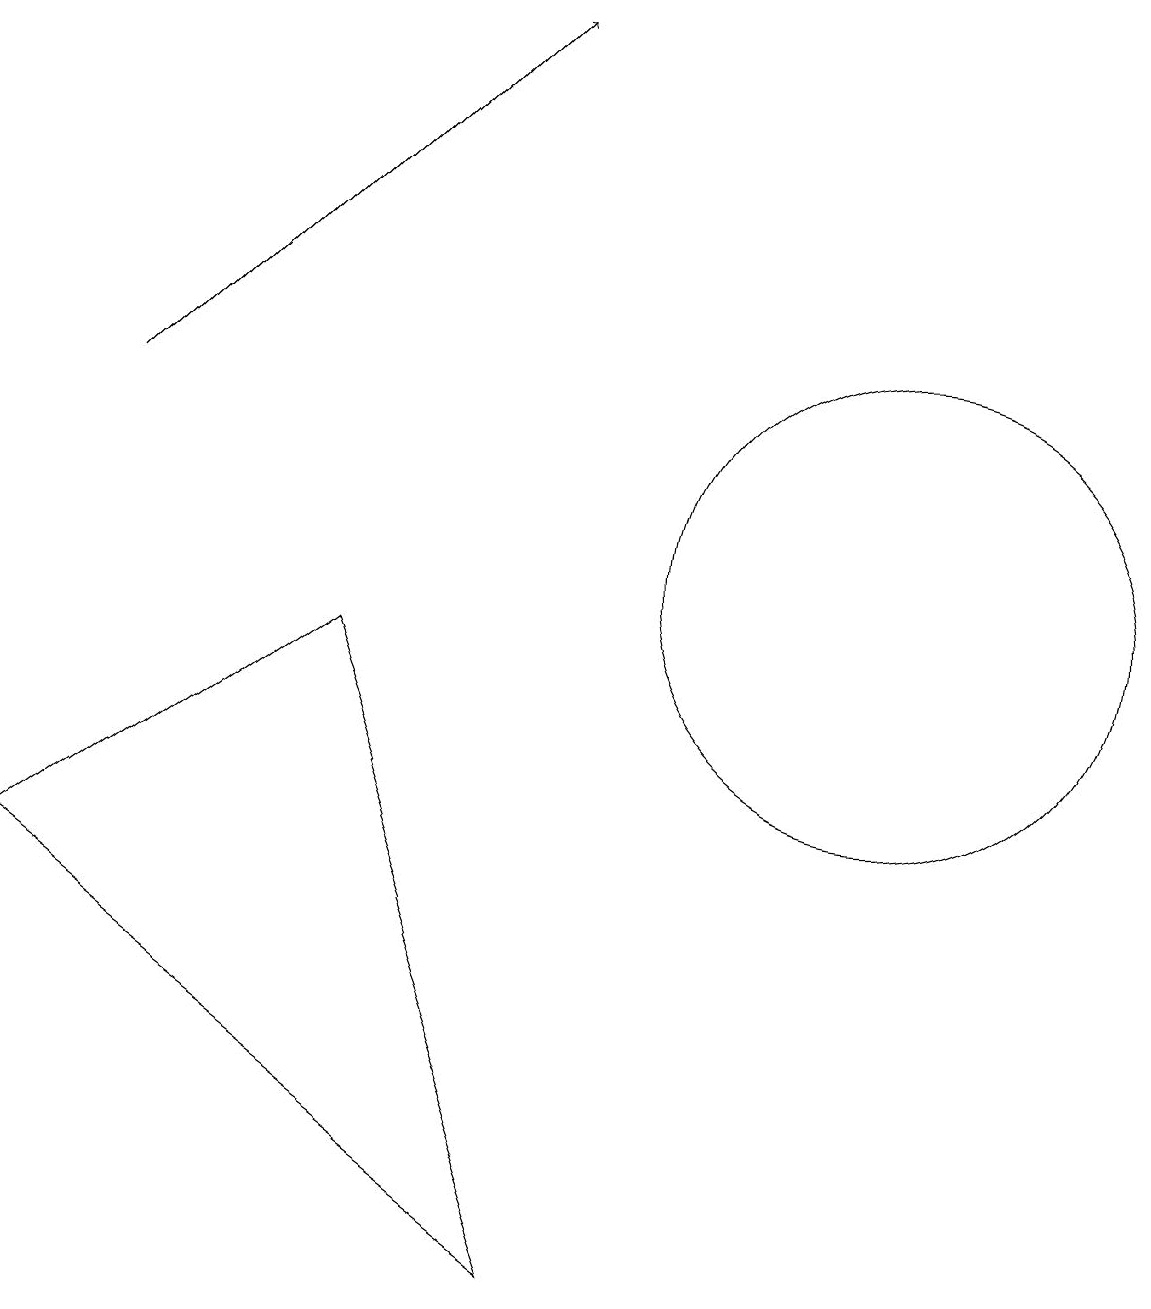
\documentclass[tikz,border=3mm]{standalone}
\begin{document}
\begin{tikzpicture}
\draw (12,10) circle (3);
\draw[->] (2,12) -- (7,17);
\draw (1,6) -- (8,1) -- (5,9) -- cycle;
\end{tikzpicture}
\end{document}